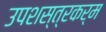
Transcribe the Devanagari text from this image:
उपशस्त्रकर्म